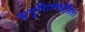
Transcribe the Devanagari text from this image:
भृगुशिल्पसंहिता